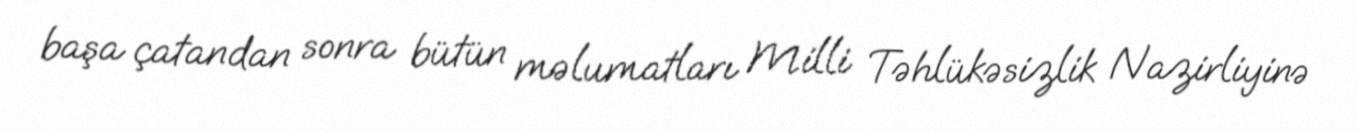
başa çatandan sonra bütün məlumatları Milli Təhlükəsizlik Nazirliyinə